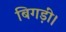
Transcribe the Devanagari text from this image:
बिगड़ीं।